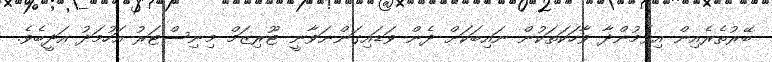
ބޭރުތެރެއިން އިވެމުންދާ ވާހަކަތަކުން ނައިބަކަށް ދެން ވަޑައިގަންނަވާނީ ޓޫރިޒަމް މިނިސްޓަރު އަހުމަދު އަދީބެވެ.